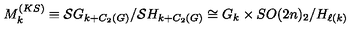
M _ { k } ^ { \tiny ( K S ) } \equiv { \cal S } G _ { k + C _ { 2 } ( G ) } / { \cal S } H _ { k + C _ { 2 } ( G ) } \cong G _ { k } \times S O ( 2 n ) _ { 2 } / H _ { \ell ( k ) }